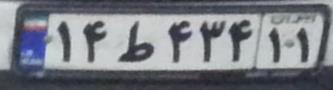
۱۴ط۴۳۴۱۱